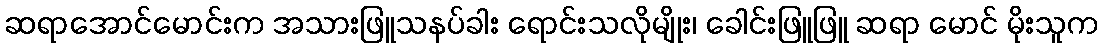
ဆရာအောင်မောင်းက အသားဖြူသနပ်ခါး ရောင်းသလိုမျိုး၊ ခေါင်းဖြူဖြူ ဆရာ မောင် မိုးသူက